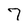
Character: 7